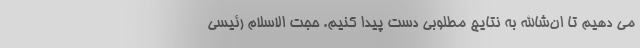
می دهیم تا ان‌شاالله به نتایج مطلوبی دست پیدا کنیم. حجت الاسلام رئیسی